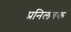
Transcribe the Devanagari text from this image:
प्रनिलंबक